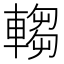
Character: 𬧺